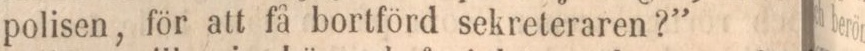
polisen, för att få bortförd sekreteraren?”